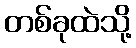
တစ်ခုထဲသို့